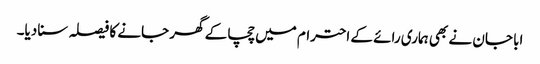
ابا جان نے بھی ہماری رائے کے احترام میں چچا کے گھر جانے کا فیصلہ سنا دیا۔